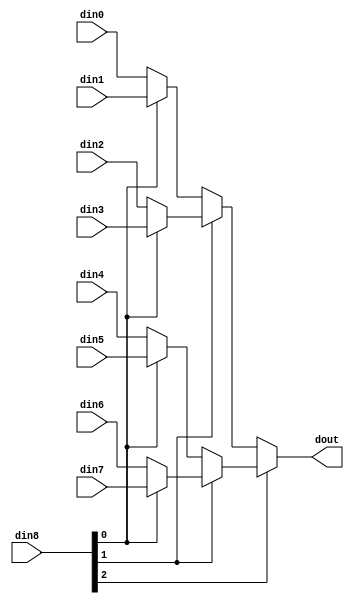
// ==============================================================
// Vitis HLS - High-Level Synthesis from C, C++ and OpenCL v2022.2 (64-bit)
// Tool Version Limit: 2019.12
// Copyright 1986-2022 Xilinx, Inc. All Rights Reserved.
// ==============================================================

`timescale 1ns/1ps

module dot_res_mux_83_64_1_1 #(
parameter
    ID                = 0,
    NUM_STAGE         = 1,
    din0_WIDTH       = 32,
    din1_WIDTH       = 32,
    din2_WIDTH       = 32,
    din3_WIDTH       = 32,
    din4_WIDTH       = 32,
    din5_WIDTH       = 32,
    din6_WIDTH       = 32,
    din7_WIDTH       = 32,
    din8_WIDTH         = 32,
    dout_WIDTH            = 32
)(
    input  [63 : 0]     din0,
    input  [63 : 0]     din1,
    input  [63 : 0]     din2,
    input  [63 : 0]     din3,
    input  [63 : 0]     din4,
    input  [63 : 0]     din5,
    input  [63 : 0]     din6,
    input  [63 : 0]     din7,
    input  [2 : 0]    din8,
    output [63 : 0]   dout);

// puts internal signals
wire [2 : 0]     sel;
// level 1 signals
wire [63 : 0]         mux_1_0;
wire [63 : 0]         mux_1_1;
wire [63 : 0]         mux_1_2;
wire [63 : 0]         mux_1_3;
// level 2 signals
wire [63 : 0]         mux_2_0;
wire [63 : 0]         mux_2_1;
// level 3 signals
wire [63 : 0]         mux_3_0;

assign sel = din8;

// Generate level 1 logic
assign mux_1_0 = (sel[0] == 0)? din0 : din1;
assign mux_1_1 = (sel[0] == 0)? din2 : din3;
assign mux_1_2 = (sel[0] == 0)? din4 : din5;
assign mux_1_3 = (sel[0] == 0)? din6 : din7;

// Generate level 2 logic
assign mux_2_0 = (sel[1] == 0)? mux_1_0 : mux_1_1;
assign mux_2_1 = (sel[1] == 0)? mux_1_2 : mux_1_3;

// Generate level 3 logic
assign mux_3_0 = (sel[2] == 0)? mux_2_0 : mux_2_1;

// output logic
assign dout = mux_3_0;

endmodule